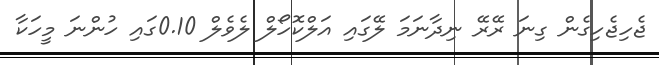
ޖެހިޖެހިގެން ގިނަ ރޭރޭ ނިދާނަމަ ލޭގައި އަލްކޮހޯލް ލެވެލް 0.10ގައި ހުންނަ މީހަކާ